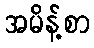
အမိန့်စာ